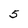
Character: 5